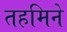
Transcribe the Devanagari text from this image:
तहमिने